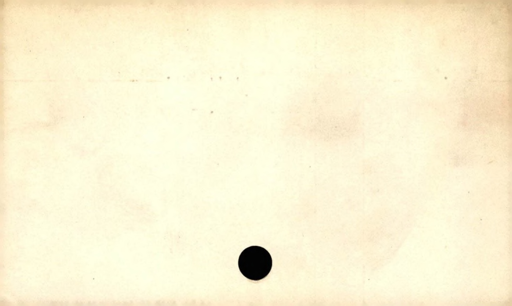
Label: blank